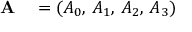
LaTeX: \begin{array} { r l } { \mathbf { A } } & { { } = ( A _ { 0 } , \, A _ { 1 } , \, A _ { 2 } , \, A _ { 3 } ) } \end{array}